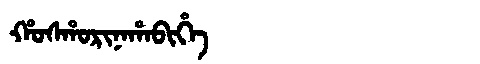
Manchu: ᡥᠣᠰᡥᠣᡵᡳᠨᠠᡥᠠᠪᡳᡥᡝ
Romanization: HOSHORINAHABIHE